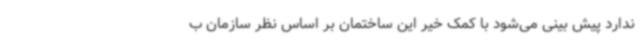
ندارد پیش بینی می‌شود با کمک خیر این ساختمان بر اساس نظر سازمان ب